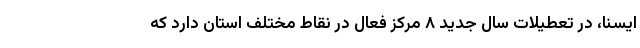
ایسنا، در تعطیلات سال جدید ۸ مرکز فعال در نقاط مختلف استان دارد که